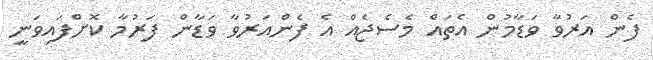
ފެން އަރުވާ ވަޑާމުން އެތައް މެސެޖެއް އެ ފެންއަރުވާ ވަޑާން ފަރުމާ ކޮށްފައިވަނީ